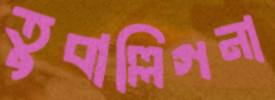
তুবাল্লিগনা